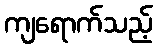
ကျရောက်သည့်